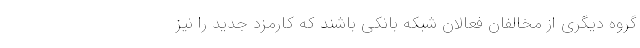
گروه دیگری از مخالفان فعالان شبکه بانکی باشند که کارمزد جدید را نیز